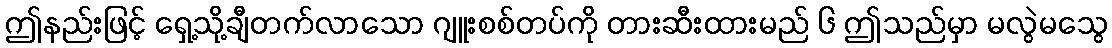
ဤနည်းဖြင့် ရှေ့သို့ချီတက်လာသော ဂျူးစစ်တပ်ကို တားဆီးထားမည် ၆ ဤသည်မှာ မလွဲမသွေ